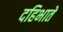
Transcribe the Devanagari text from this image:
दहिभाते